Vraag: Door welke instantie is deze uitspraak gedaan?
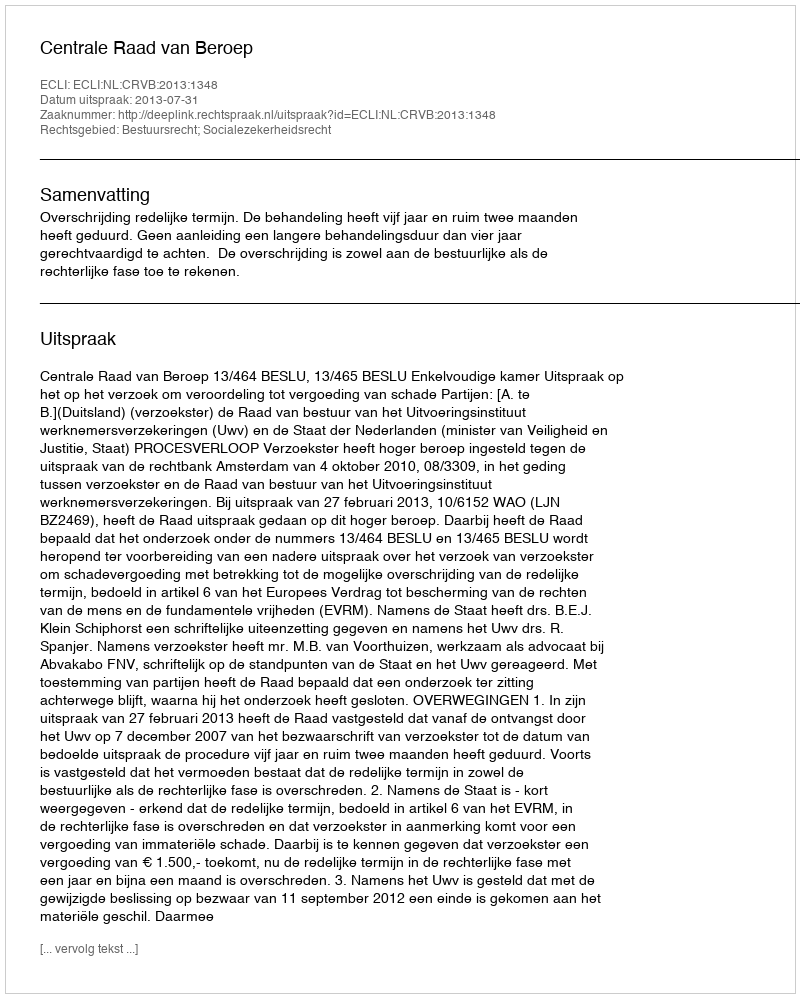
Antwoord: Centrale Raad van Beroep